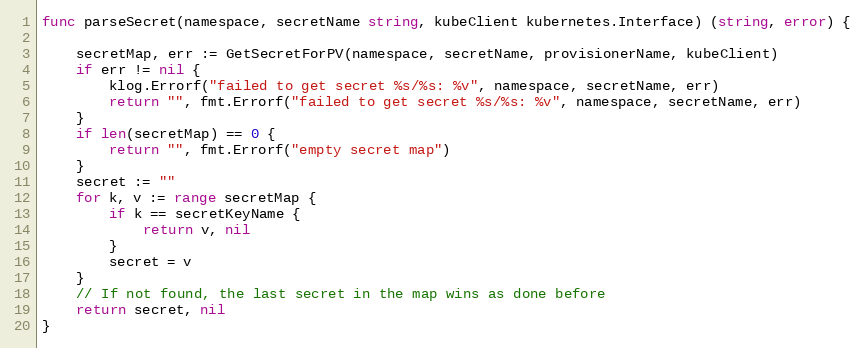
Language: Go
func parseSecret(namespace, secretName string, kubeClient kubernetes.Interface) (string, error) {

	secretMap, err := GetSecretForPV(namespace, secretName, provisionerName, kubeClient)
	if err != nil {
		klog.Errorf("failed to get secret %s/%s: %v", namespace, secretName, err)
		return "", fmt.Errorf("failed to get secret %s/%s: %v", namespace, secretName, err)
	}
	if len(secretMap) == 0 {
		return "", fmt.Errorf("empty secret map")
	}
	secret := ""
	for k, v := range secretMap {
		if k == secretKeyName {
			return v, nil
		}
		secret = v
	}
	// If not found, the last secret in the map wins as done before
	return secret, nil
}